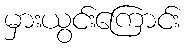
မှားယွင်းကြောင်း